Report on the working of the mental hospitals for Indians in Bihar and Orissa - 1925-1929
Year: 1925
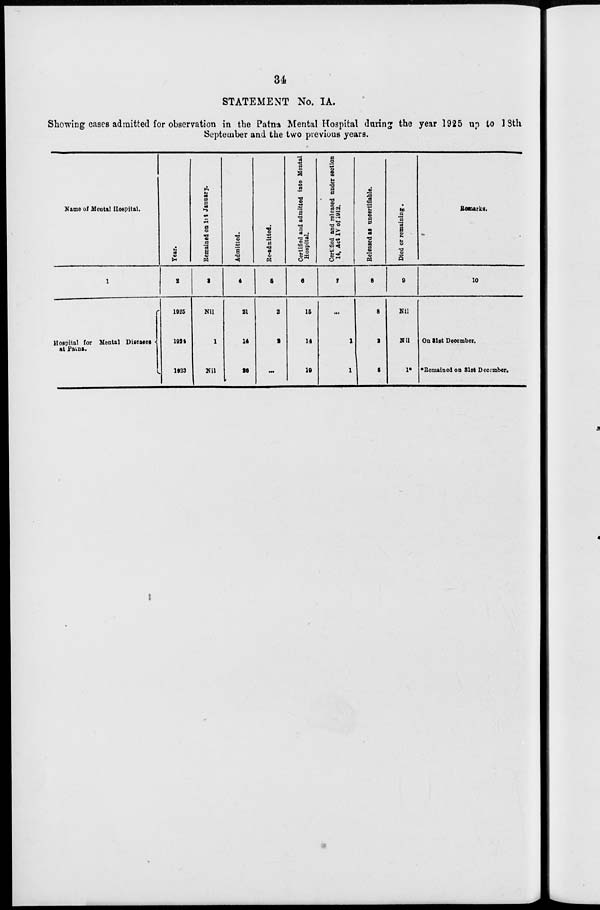
34
STATEMENT No. IA.
Showing cases admitted for observation in the Patna Mental Hospital during the year 1925 up to 18th
September and the two previous years.
Name of Mental Hospital.
1
Hospital for Mental Diseases
at Patna.
Year.
2
1925
1924
1923
Remained on 1st January.
3
Nil
1
Nil
Admitted.
4
21
14
26
Re-admitted.
5
2
2
...
Certified and admitted into Mental
Hospital.
6
15
14
19
Certified and released under section
14, Act IV of 1912.
7
...
1
1
Released as uncertifiable.
8
8
2
5
Died or remaining.
9
Nil
Nil
1*
Remarks.
10
On 31st December.
*Remained on 31st December.